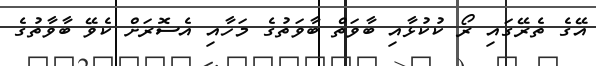
އޭގެ ތެރޭގައި ރޯ ކުކުޅާއި ބާވަތް ބާވަތުގެ މަހާއި އެސޮރަށް ކެވޭ ބާވާތުގެ